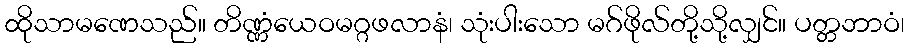
ထိုသာမဏေသည်။ တိဏ္ဏံယေဝမဂ္ဂဖလာနံ၊ သုံးပါးသော မဂ်ဖိုလ်တို့သို့လျှင်။ ပတ္တဘာဝံ၊